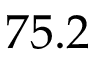
7 5 . 2